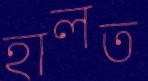
হালত